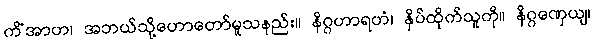
ကိံအာဟ၊ အဘယ်သို့ဟောတော်မူသနည်း။ နိဂ္ဂဟာရဟံ၊ နှိပ်ထိုက်သူကို။ နိဂ္ဂဏှေယျ၊